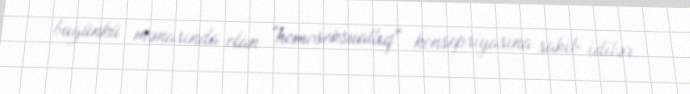
bugünkü mənasında olan "homoseksuallıq" konsepsiyasına sahib idilər.